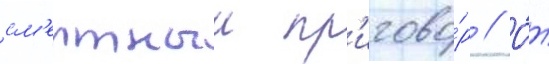
см'ертныи пр'игово́р // О́т